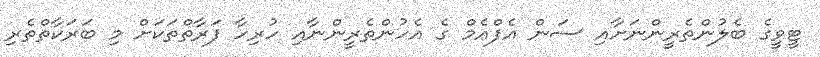
ޓީވީގެ ބެލުންތެރީންނަށާއި ސަން އެފްއެމް ގެ އެހުންތެރީންނާއި ހުރިހާ ފަރާތްތަކަށް މި ބަރަކާތްތެރި